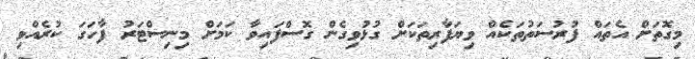
މިގޮތަށް އެތައް ފުރުސަތުތަކެެއް ވިޔަފާރިތަކަށް ގުޅުވިގެން ގޮސްފައިވާ ކަމަށް މިނިސްޓަރު ފާހަގަ ކުރެއްވި